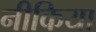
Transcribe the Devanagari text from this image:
नीकिया